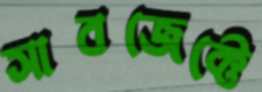
সাবজেক্টে